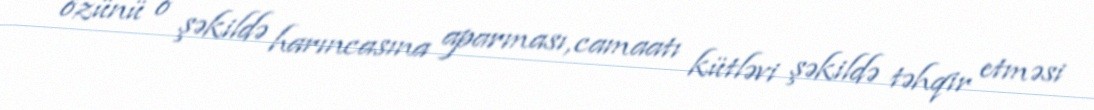
özünü o şəkildə harıncasına aparması, camaatı kütləvi şəkildə təhqir etməsi